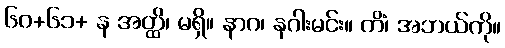
၆၀+၆၁+ န အတ္ထိ၊ မရှိ။ နာဂ၊ နဂါးမင်း။ ကိံ၊ အဘယ်ကို။